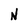
Character: N